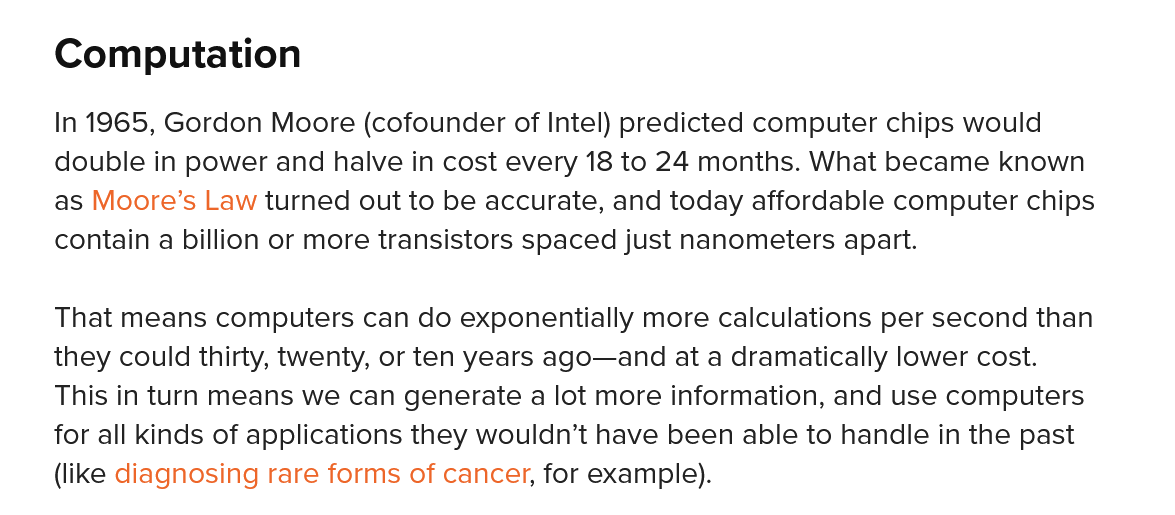
Computation
    In 1965, Gordon Moore (cofounder of Intel) predicted computer chips would
    double in power and halve in cost every 18 to 24 months. What became known
    as Moore’s Law turned out to be accurate, and today affordable computer chips
    contain a billion or more transistors spaced just nanometers apart.
    That means computers can do exponentially more calculations per second than
    they could thirty, twenty, or ten years ago—and at a dramatically lower cost.
    This in turn means we can generate a lot more information, and use computers
    for all kinds of applications they wouldn’t have been able to handle in the past
    (like diagnosing rare forms of cancer, for example).